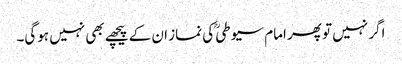
اگر نہیں تو پھر امام سیوطیؒ کی نماز ان کے پیچھے بھی نہیں ہوگی۔